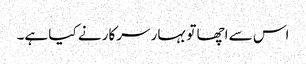
اس سے اچھا تو بہار سرکار نے کیا ہے۔